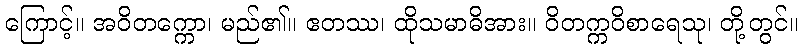
ကြောင့်။ အဝိတက္ကော၊ မည်၏။ ဧတဿ၊ ထိုသမာဓိအား။ ဝိတက္ကဝိစာရေသု၊ တို့တွင်။